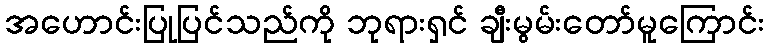
အဟောင်းပြုပြင်သည်ကို ဘုရားရှင် ချီးမွမ်းတော်မူကြောင်း